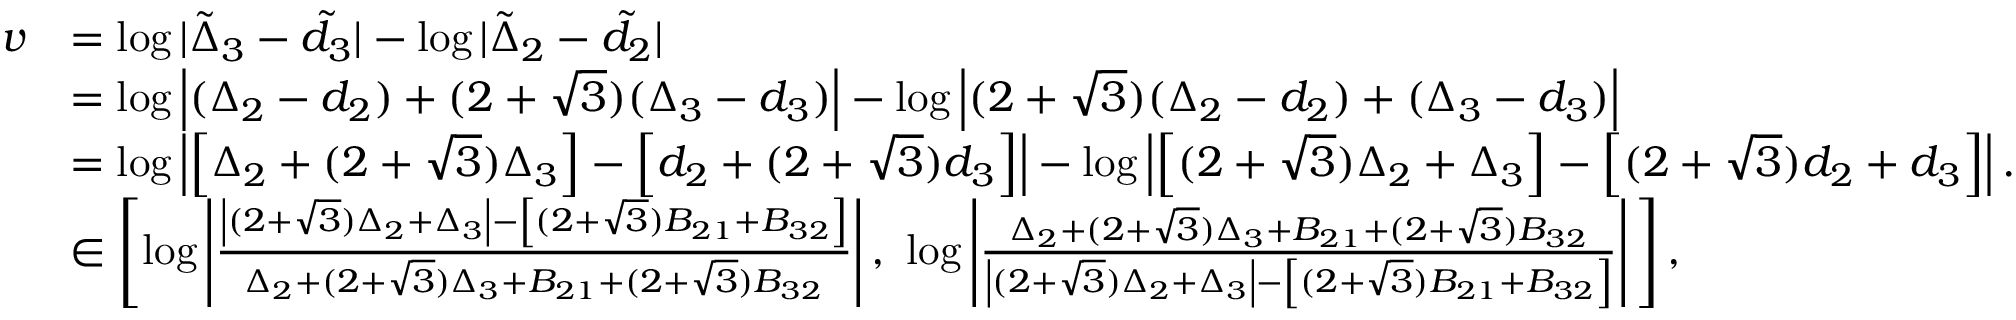
\begin{array} { r l } { v } & { = \log | \tilde { \Delta } _ { 3 } - \tilde { d } _ { 3 } | - \log | \tilde { \Delta } _ { 2 } - \tilde { d } _ { 2 } | } \\ & { = \log \left| ( \Delta _ { 2 } - d _ { 2 } ) + ( 2 + \sqrt { 3 } ) ( \Delta _ { 3 } - d _ { 3 } ) \right| - \log \left| ( 2 + \sqrt { 3 } ) ( \Delta _ { 2 } - d _ { 2 } ) + ( \Delta _ { 3 } - d _ { 3 } ) \right| } \\ & { = \log \left| \left[ \Delta _ { 2 } + ( 2 + \sqrt { 3 } ) \Delta _ { 3 } \right] - \left[ d _ { 2 } + ( 2 + \sqrt { 3 } ) d _ { 3 } \right] \right| - \log \left| \left[ ( 2 + \sqrt { 3 } ) \Delta _ { 2 } + \Delta _ { 3 } \right] - \left[ ( 2 + \sqrt { 3 } ) d _ { 2 } + d _ { 3 } \right] \right| . } \\ & { \in \left[ \log \left| \frac { \left| ( 2 + \sqrt { 3 } ) \Delta _ { 2 } + \Delta _ { 3 } \right| - \left[ ( 2 + \sqrt { 3 } ) B _ { 2 1 } + B _ { 3 2 } \right] } { \Delta _ { 2 } + ( 2 + \sqrt { 3 } ) \Delta _ { 3 } + B _ { 2 1 } + ( 2 + \sqrt { 3 } ) B _ { 3 2 } } \right| , \ \log \left| \frac { \Delta _ { 2 } + ( 2 + \sqrt { 3 } ) \Delta _ { 3 } + B _ { 2 1 } + ( 2 + \sqrt { 3 } ) B _ { 3 2 } } { \left| ( 2 + \sqrt { 3 } ) \Delta _ { 2 } + \Delta _ { 3 } \right| - \left[ ( 2 + \sqrt { 3 } ) B _ { 2 1 } + B _ { 3 2 } \right] } \right| \, \right] , } \end{array}